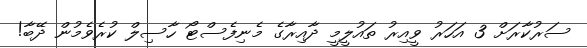
ސަރުކާރަށް 3 އަހަރު ވީއިރު ތައުލީމީ ދާއިރާގެ މެނިފެސްޓޯ ހާސިލް ކުރެވެމުން ދޭބާ!